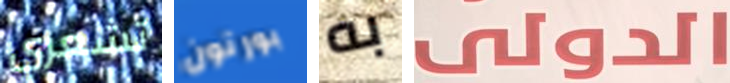
تشعري بورتون به الدولى